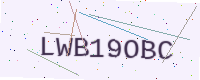
Text: LWB19OBC